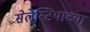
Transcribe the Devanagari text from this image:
सेलेस्टियाच्या